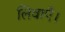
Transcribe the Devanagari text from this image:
लिवाएँ।